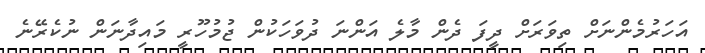
އަހަރުމެންނަށް ތިވަރަށް ދީފަ ދެން މާލެ އަންނަ ދުވަހަކުން ޖުމުހޫރީ މައިދާނަން ނުކެރޭނެ